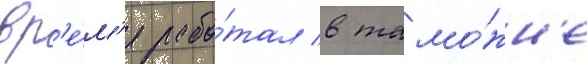
вр'е́м'я рабо́тал в тамо́жн'е